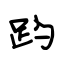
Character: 趵